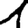
Digit: 1